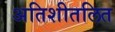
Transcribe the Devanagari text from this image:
अतिशीतलित